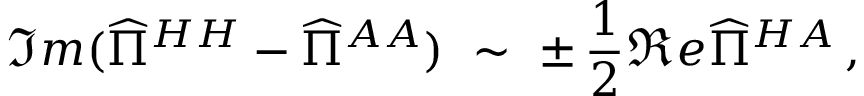
\Im m ( \widehat { \Pi } ^ { H H } - \widehat { \Pi } ^ { A A } ) \ \sim \ \pm \, \frac { 1 } { 2 } \Re e \widehat { \Pi } ^ { H A } \, ,